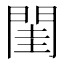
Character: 閨